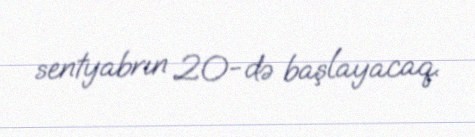
sentyabrın 20-də başlayacaq.